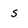
Character: s